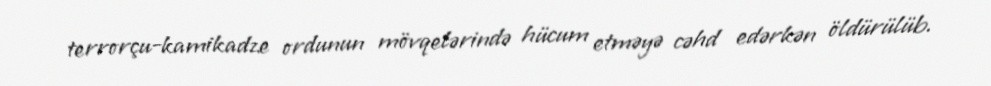
terrorçu-kamikadze ordunun mövqelərində hücum etməyə cəhd edərkən öldürülüb.